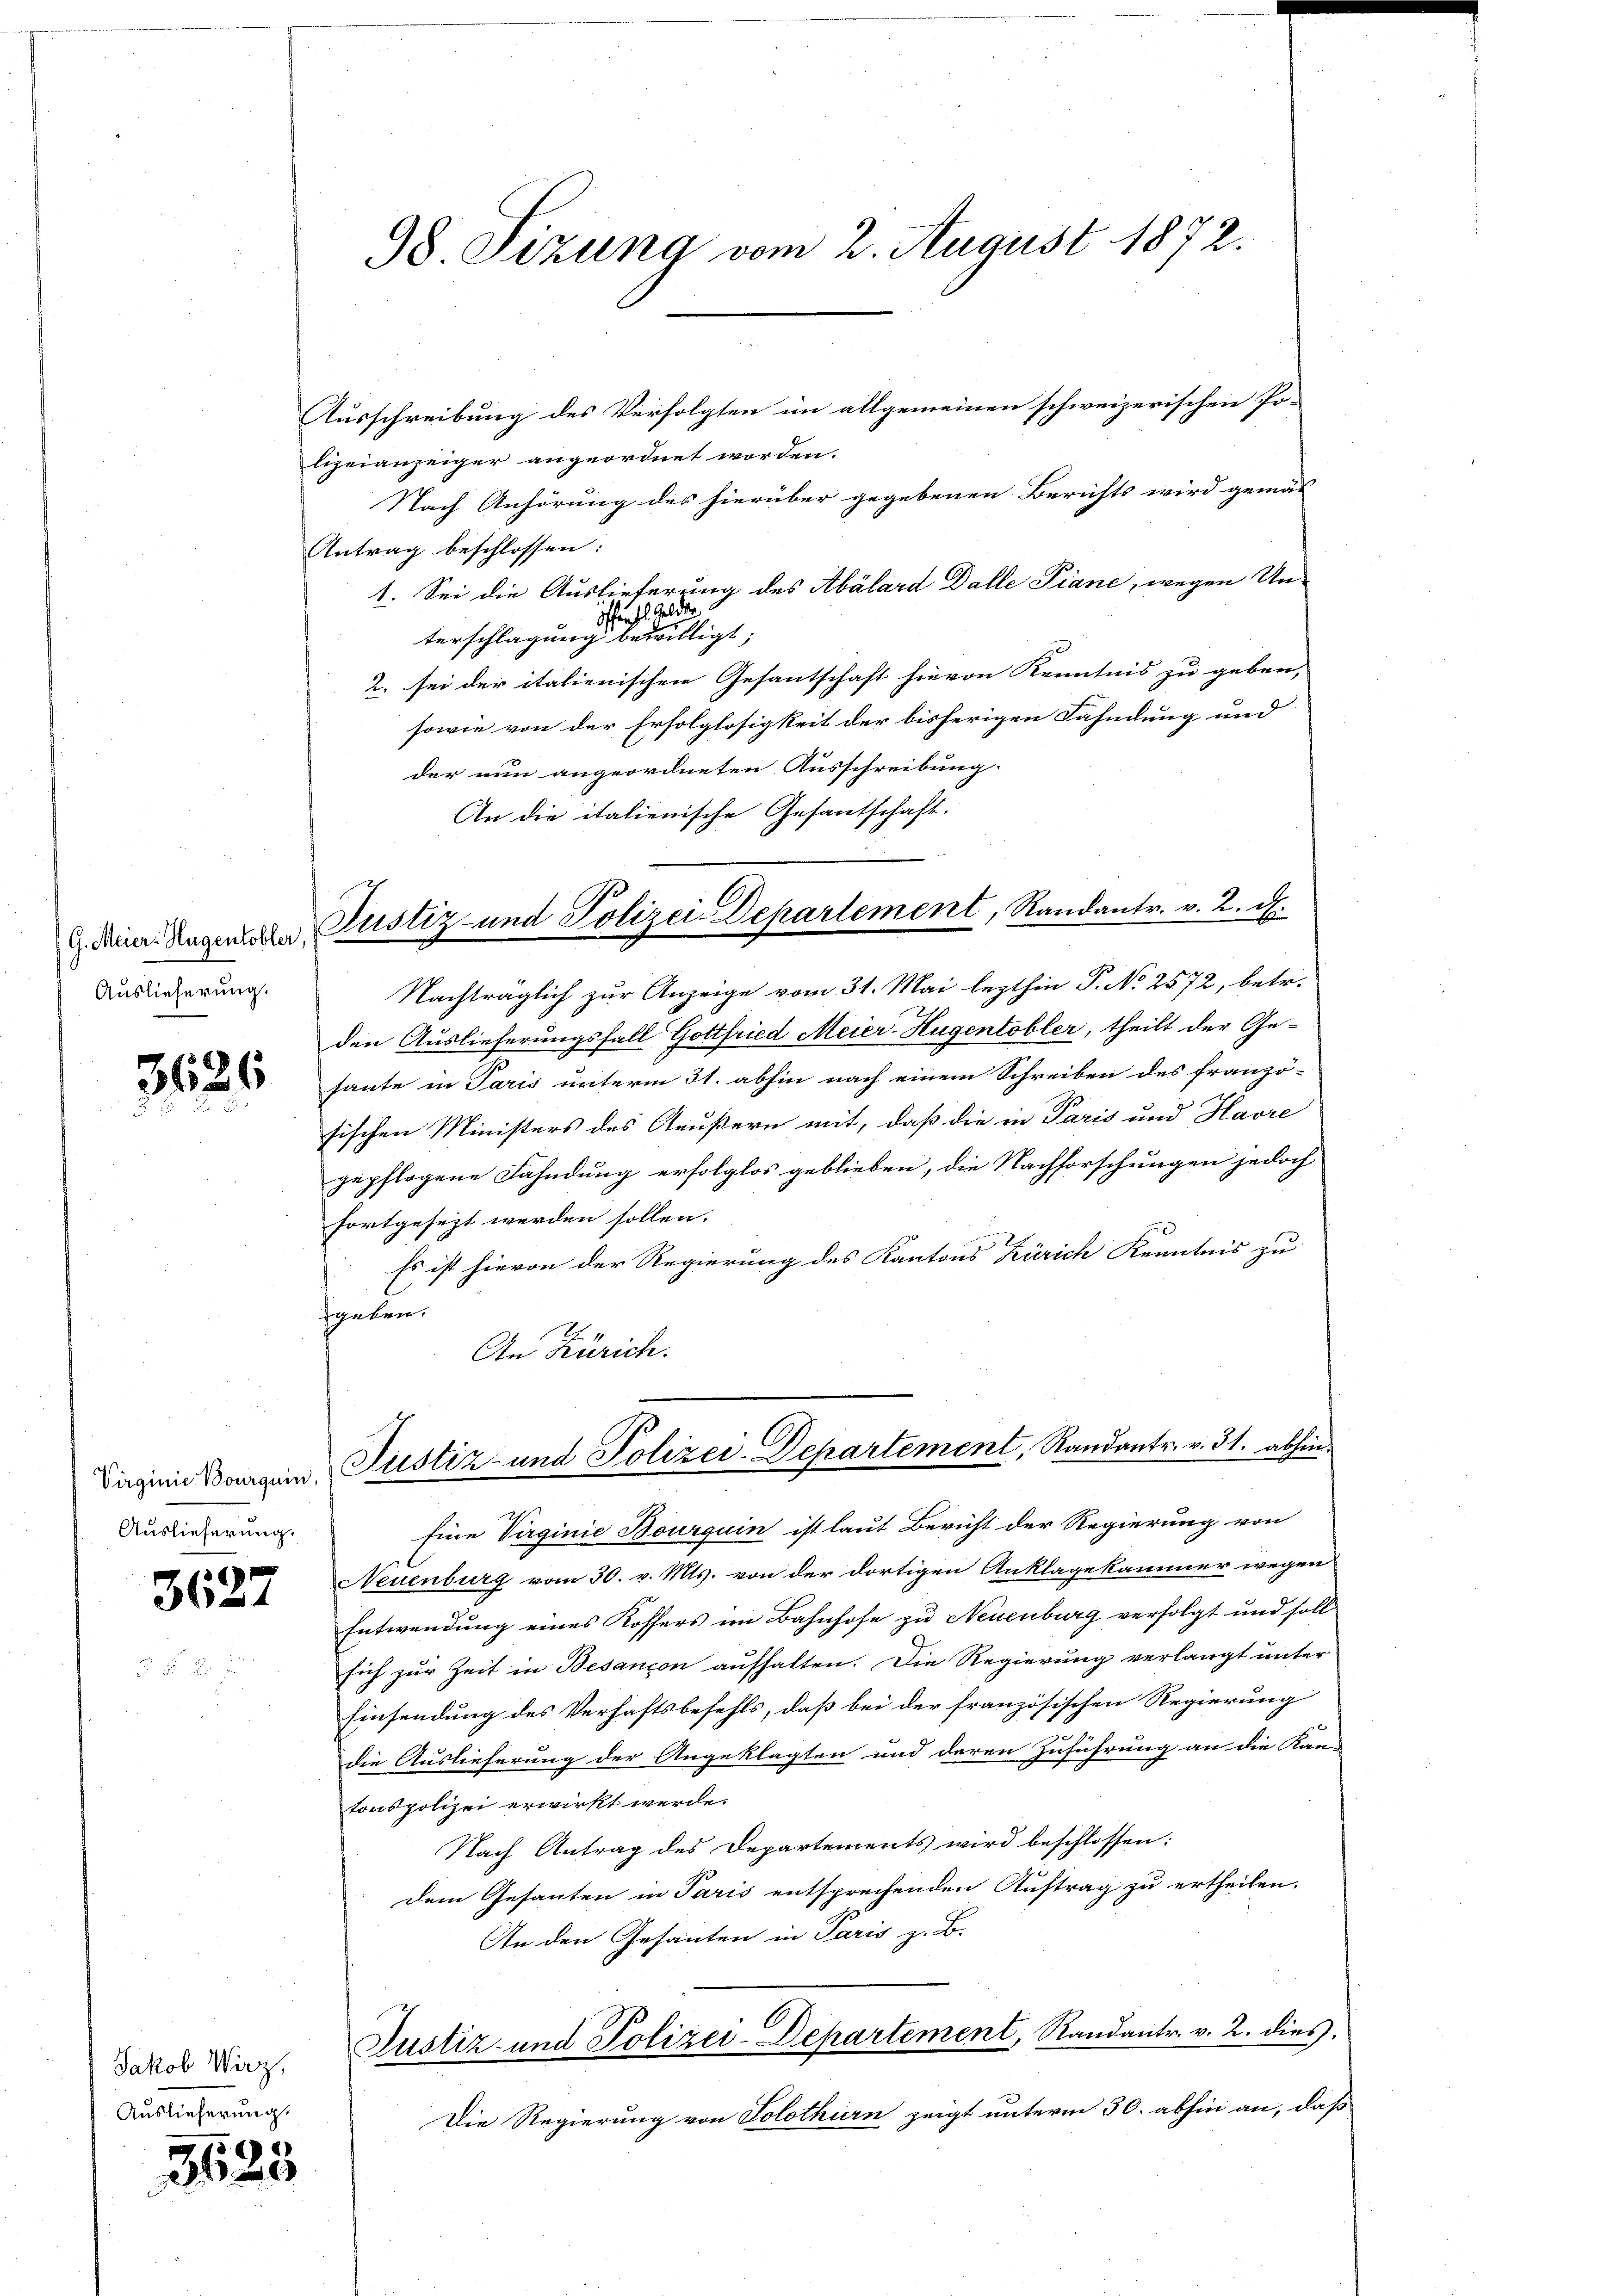
(G. Meier-Hugentobler,
Auslieferung.

3626

Virginie Bourguin,
Auslieferung

e
36

Jakob Wirz,
Auslieferung.

3623

98. Sizung vom 2. August 1872.

Ausschreibung des Verfolgten im allgemeinen schweizerischen Po-
lizeianzeiger angeordnet worden.
Nach Anhörung des hierüber gegebenen Berichts wird gemäß
Antrag beschlossen:
1. Sei die Auslieferung des Abálard Dalle Piane, wegen Unfentl. Gelder
terschlagung bewilligt;
2. sei der italienischen Gesantschaft hievon Kenntnis zu geben,
sowie von der Erfolglosigkeit der bisherigen Fahndung und
der nun angeordneten Ausschreibung.
An die italienische Gesantschaft.
Nachträglich zur Anzeige vom 31. Mai lezthin P. No 2572, betr.
den Auslieferungsfall Gottfried Meier-Hugentobler, theilt der Ge-
haute in Paris unterm 31. abhin nach einem Schreiben des franzö-
sischen Ministers des Aeußern mit, daß die in Paris und Havre
gepflogene Fahndung erfolglos geblieben, die Nachforschungen jedoch
fortgesezt werden sollen.
Es ist hievon der Regierung des Kantons Zürich Kenntnis zu
geben.
An Zürich.
Justiz- und Polizei-Departement, Randantr. v. 31. abhin.
Eine Virginie Bourquin ist laut Bericht der Regierung von
Neuenburg vom 30. v. Mts. von der dortigen Anklagekammer wegen
Entwendung eines Kossers im Bahnhofe zu Neuenburg verfolgt und soll
sich zur Zeit in Besançon aufhalten. Die Regierung verlangt unter
Einsendung des Verhaftsbefehls, daß bei der französischen Regierung
die Auslieferung der Angeklagten und deren Zuführung an die Kam
tonspolizei erwirkt werde.
Nach Antrag des Departements wird beschlossen:
dem Gesanten in Paris entsprechenden Auftrag zu ertheilen.
An den Gesanten in Paris z. B.
Justiz- und Polizei-Departement, Randantr. v. 2. dies.
Die Regierung von Solothurn zeigt unterm 30. abhin an, daß

Justiz- und Polizei-Departement, Randantr. v. 2. d.